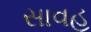
સાવહ